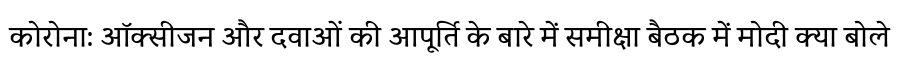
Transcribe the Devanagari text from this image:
कोरोना: ऑक्सीजन और दवाओं की आपूर्ति के बारे में समीक्षा बैठक में मोदी क्या बोले